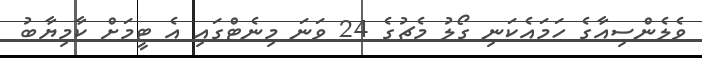
ވެލެންސިއާގެ ހަމައެކަނި ގޯލު މެޗުގެ 24 ވަނަ މިނެޓްގައި އެ ޓީމަށް ކާމިޔާބު